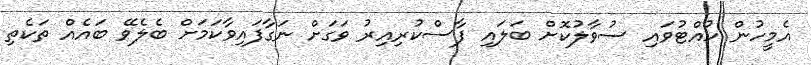
އެމީހުން ހުއްޓުވައި ސުވާލުކޮށް ބަލައި ފާސްކުރިއިރު ވަގަށް ނަގާފައިވާކަމަށް ބެލެވޭ ބައެއް ތަކެތި